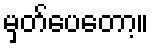
မှတ်ပေတော့။